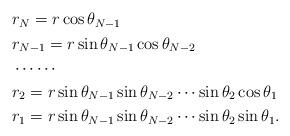
LaTeX: \begin{align*}\begin{aligned} &r_N=r\cos \theta_{N-1}\\ &r_{N-1}=r\sin \theta_{N-1} \cos \theta_{N-2}\\ &\cdots \cdots\\ &r_2=r\sin \theta_{N-1}\sin \theta_{N-2} \cdots \sin \theta_2 \cos \theta_1\\ &r_1=r\sin \theta_{N-1}\sin \theta_{N-2} \cdots \sin \theta_2 \sin \theta_1.\end{aligned}\end{align*}